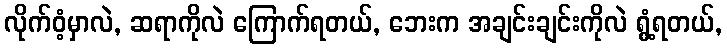
လိုက်ဝံ့မှာလဲ, ဆရာကိုလဲ ကြောက်ရတယ်, ဘေးက အချင်းချင်းကိုလဲ ရွံ့ရတယ်,